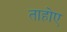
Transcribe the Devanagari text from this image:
ताहोए